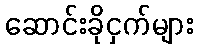
ဆောင်းခိုငှက်များ